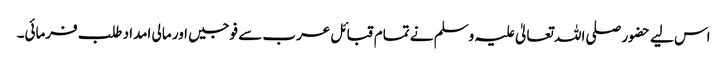
اس لیے حضور صلی اللہ تعالیٰ علیہ وسلم نے تمام قبائل عرب سے فوجیں اور مالی امداد طلب فرمائی۔